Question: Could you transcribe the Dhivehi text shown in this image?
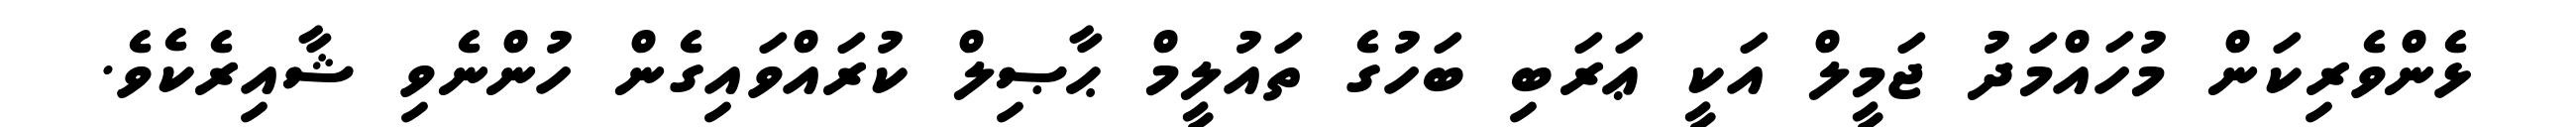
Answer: ޅެންވެރިކަން މުހައްމަދު ޖަމީލް އަކީ ޢަރަބި ބަހުގެ ތައުލީމް ޙާޞިލް ކުރައްވައިގެން ހުންނެވި ޝާއިރެކެވެ.